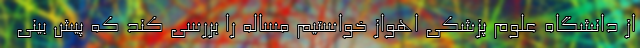
از دانشگاه علوم پزشکی اهواز خواستیم مساله را بررسی کند که پیش بینی